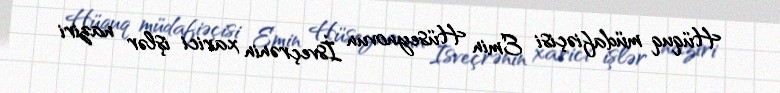
Hüquq müdafiəçisi Emin Hüseynovun İsveçrənin xarici işlər naziri